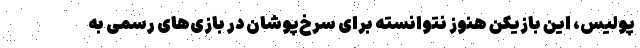
پولیس، این بازیکن هنوز نتوانسته برای سرخ‌پوشان در بازی‌های رسمی به